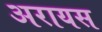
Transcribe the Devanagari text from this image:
अरायस